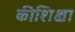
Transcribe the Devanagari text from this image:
कीशिक्षा